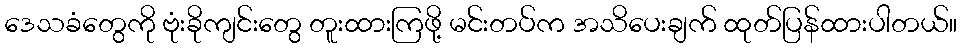
ဒေသခံတွေကို ဗုံးခိုကျင်းတွေ တူးထားကြဖို့ မင်းတပ်က အသိပေးချက် ထုတ်ပြန်ထားပါတယ်။